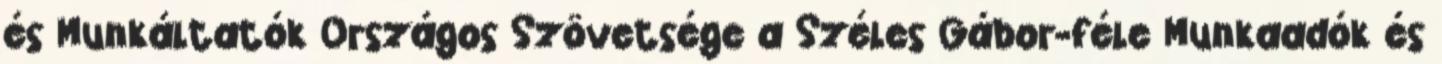
és Munkáltatók Országos Szövetsége a Széles Gábor-féle Munkaadók és